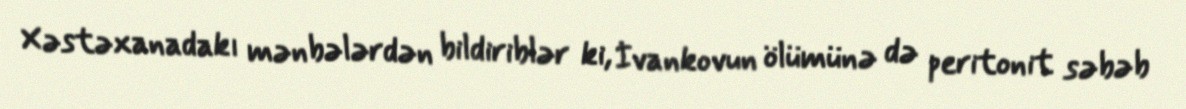
Xəstəxanadakı mənbələrdən bildiriblər ki, İvankovun ölümünə də peritonit səbəb